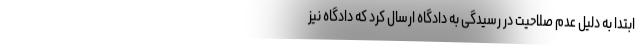
ابتدا به دلیل عدم صلاحیت در رسیدگی به دادگاه ارسال کرد که دادگاه نیز